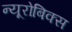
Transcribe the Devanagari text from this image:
न्यूरोबिक्स